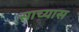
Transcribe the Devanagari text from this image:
साच्यास